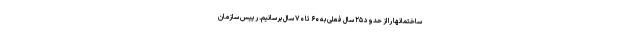
ساختمانها را از حدود ۲۵ سال فعلی به ۶۰ تا ۷۰ سال برسانیم. رییس سازمان